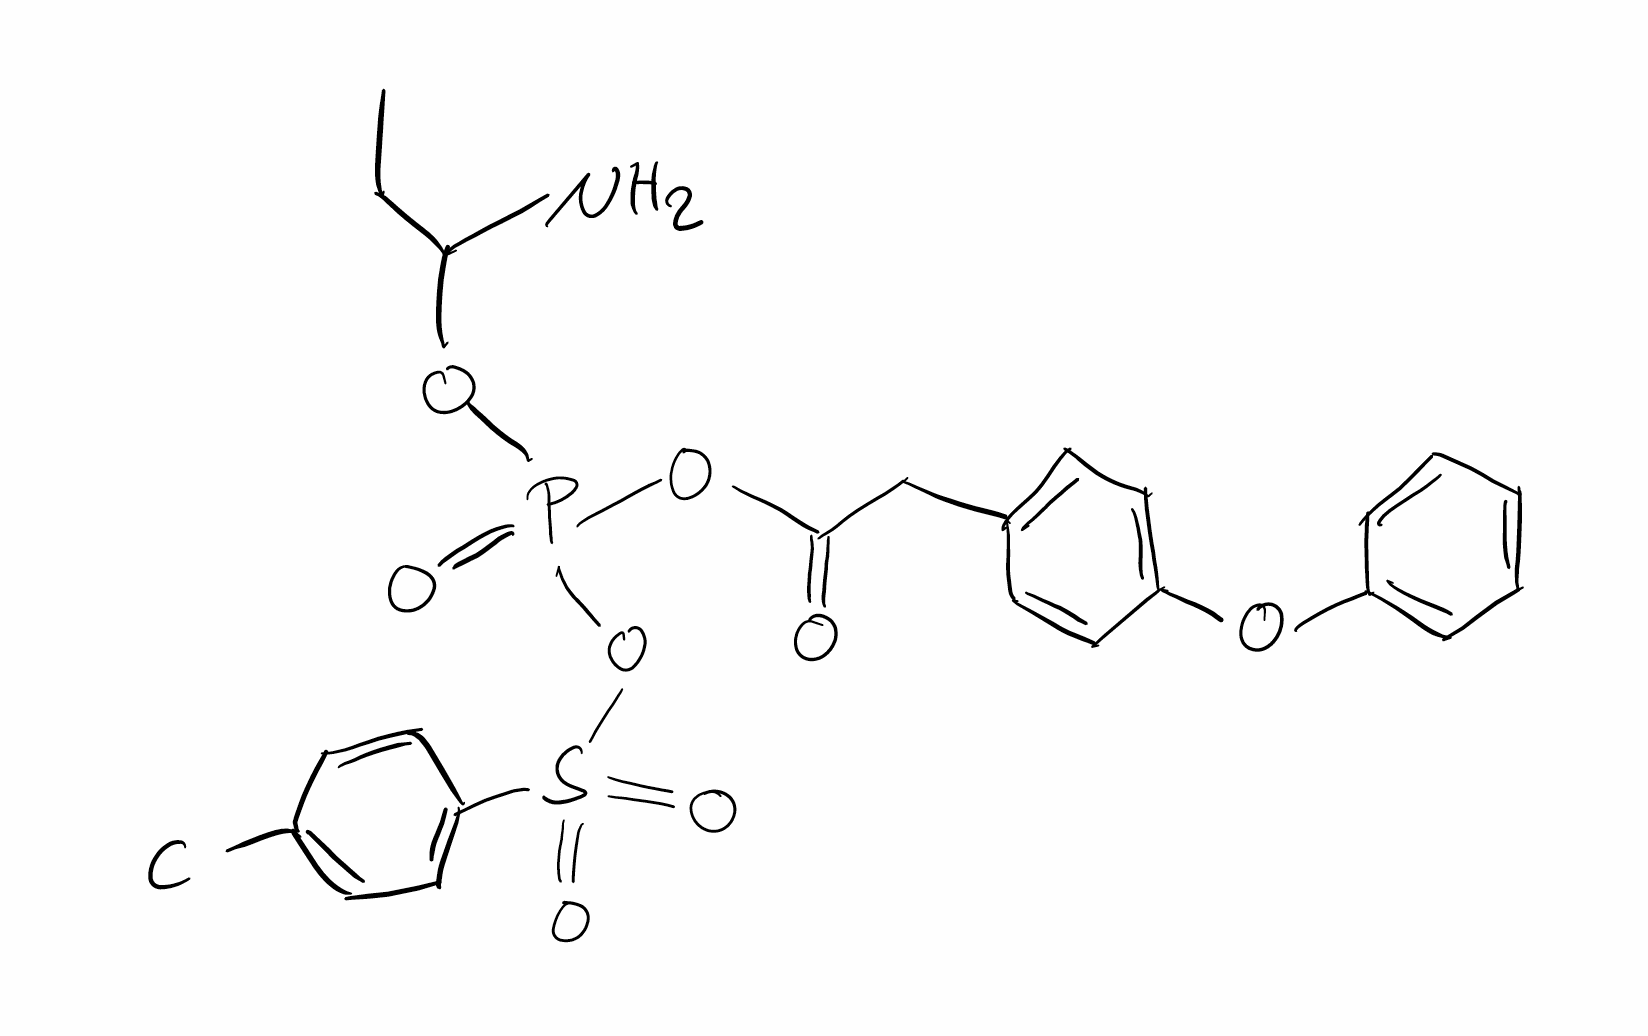
Simplified molecular-input line-entry system (SMILES) notation of the given molecule:
CCC(N)OP(=O)(OC(=O)CC1=CC=C(C=C1)OC2=CC=CC=C2)OS(=O)(=O)C3=CC=C(C=C3)Cl